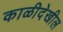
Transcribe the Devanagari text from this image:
काळीदेखील